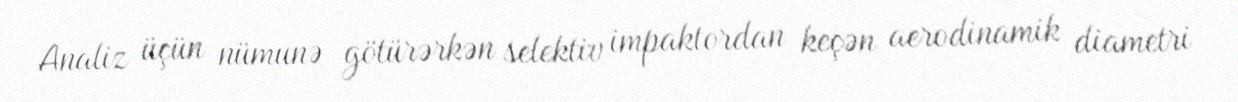
Analiz üçün nümunə götürərkən selektiv impaktordan keçən aerodinamik diametri